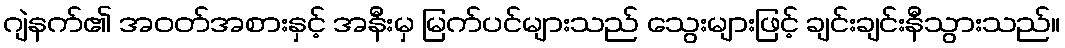
ဂျဲနက်၏ အဝတ်အစားနှင့် အနီးမှ မြက်ပင်များသည် သွေးများဖြင့် ချင်းချင်းနီသွားသည်။